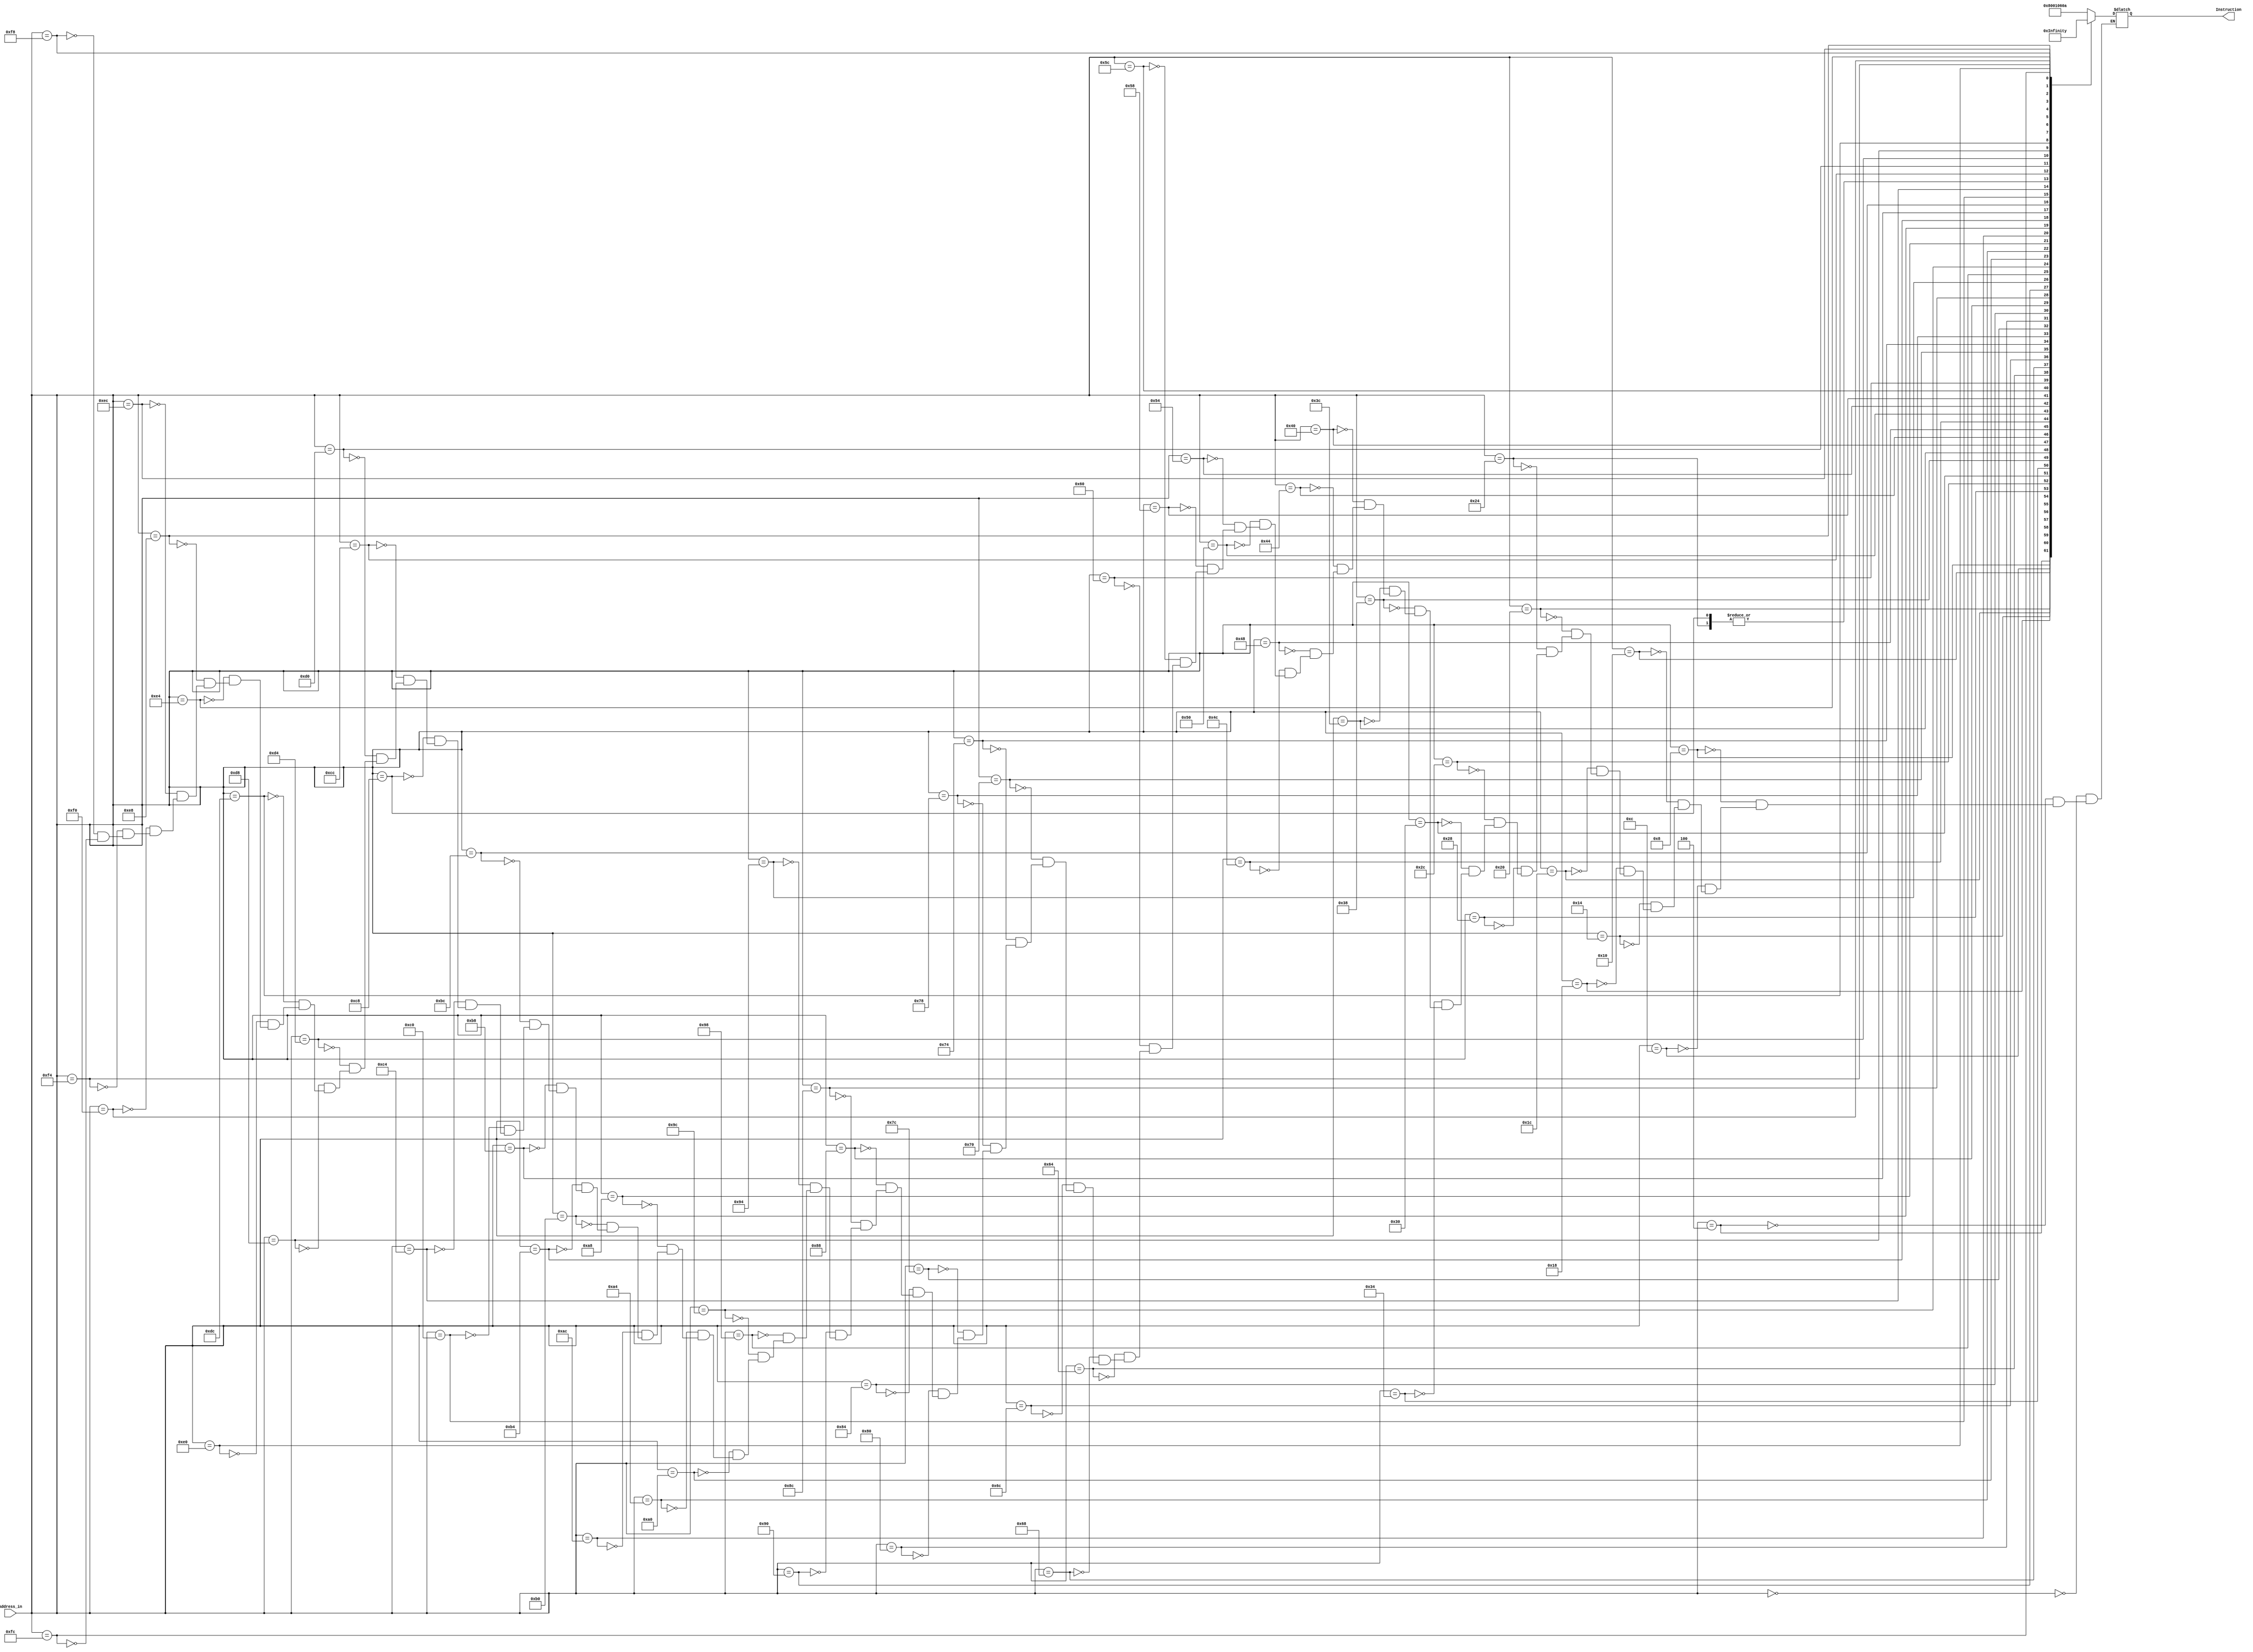
module ROM
	(
		input [31:0] Address_in,
		output reg [31:0] Instruction
	);

	always@(*)
	begin 
		case (Address_in)
			0: Instruction = 32'b10000000000000010000011000001010;//-- Addi r1 ,r0 ,1546
			4: Instruction = 32'b00000100000000010001000000000000;//-- Add  r2 ,r0 ,r1
			8: Instruction = 32'b00001100000000010001100000000000;//-- sub r3 ,r0 ,r1
			12: Instruction = 32'b00010100010000110010000000000000;//-- And r4 ,r2 ,r3
			16: Instruction = 32'b10000100011001010001101000110100;//-- Subi r5 ,r3 ,6708
			20: Instruction = 32'b00011000011001000010100000000000;//-- or r5 ,r3 ,r4
			24: Instruction = 32'b00011100101000000011000000000000;//-- nor  r6 ,r5 ,r0
			28: Instruction = 32'b00011100100000000101100000000000;//-- nor  r11 ,r4 ,r0
			32: Instruction = 32'b00001100101001010010100000000000;//-- sub r5 ,r5 ,r5
			36: Instruction = 32'b10000000000000010000010000000000;//-- Addi  r1 ,r0 ,1024
			40: Instruction = 32'b10010100001000100000000000000000;//-- st r2 ,r1 ,0
			44: Instruction = 32'b10010000001001010000000000000000;//-- ld r5 ,r1 ,0
			48: Instruction = 32'b10100000101000000000000000000001;//-- Bez r5 ,1
			52: Instruction = 32'b00100000101000010011100000000000;//-- xor r7 ,r5 ,r1
			56: Instruction = 32'b00100000101000010000000000000000;//-- xor r0 ,r5 ,r1
			60: Instruction = 32'b00100100011010110011100000000000;//-- sla r7 ,r3 ,r11
			64: Instruction = 32'b00101000011010110100000000000000;//-- sll r8 ,r3 ,r11
			68: Instruction = 32'b00101100011001000100100000000000;//-- sra r9 ,r3 ,r4
			72: Instruction = 32'b00110000011001000101000000000000;//-- srl r10 ,r3 ,r4
			76: Instruction = 32'b10010100001000110000000000000100;//-- st r3 ,r1 ,4
			80: Instruction = 32'b10010100001001000000000000001000;//-- st r4 ,r1 ,8
			84: Instruction = 32'b10010100001001010000000000001100;//-- st r5 ,r1 ,12
			88: Instruction = 32'b10010100001001100000000000010000;//-- st r6 ,r1 ,16
			92: Instruction = 32'b10010000001010110000000000000100;//-- ld r11 ,r1 ,4
			96: Instruction = 32'b10010100001001110000000000010100;//-- st r7 ,r1 ,20
			100: Instruction = 32'b10010100001010000000000000011000;//-- st r8 ,r1 ,24
			104: Instruction = 32'b10010100001010010000000000011100;//-- st r9 ,r1 ,28
			108: Instruction = 32'b10010100001010100000000000100000;//-- st r10 ,r1 ,32
			112: Instruction = 32'b10010100001010110000000000100100;//-- st r11 ,r1 ,36
			116: Instruction = 32'b10000000000000010000000000000011;//-- Addi  r1 ,r0 ,3
			120: Instruction = 32'b10000000000001000000010000000000;//-- Addi r4 ,r0 ,1024
			124: Instruction = 32'b10000000000000100000000000000000;//-- Addi  r2 ,r0 ,0
			128: Instruction = 32'b10000000000000110000000000000001;//-- Addi  r3 ,r0 ,1
			132: Instruction = 32'b10000000000010010000000000000010;//-- Addi  r9 ,r0 ,2
			136: Instruction = 32'b00101000011010010100000000000000;//-- sll r8 ,r3 ,r9
			140: Instruction = 32'b00000100100010000100000000000000;//-- Add  r8 ,r4 ,r8
			144: Instruction = 32'b10010001000001010000000000000000;//-- ld r5 ,r8 ,0
			148: Instruction = 32'b10010001000001101111111111111100;//-- ld r6 ,r8 ,-4
			152: Instruction = 32'b00001100101001100100100000000000;//-- sub  r9 ,r5 ,r6
			156: Instruction = 32'b10000000000010101000000000000000;//-- Addi  r10 ,r0 ,0x8000
			160: Instruction = 32'b10000000000010110000000000010000;//-- Addi r11 ,r0 ,16
			164: Instruction = 32'b00101001010010110101000000000000;//-- sll r10 ,r1 ,r11
			168: Instruction = 32'b00010101001010100100100000000000;//-- And  r9 ,r9 ,r10
			172: Instruction = 32'b10100001001000000000000000000010;//-- Bez r9 ,2
			176: Instruction = 32'b10010101000001011111111111111100;//-- st r5 ,r8 ,-4
			180: Instruction = 32'b10010101000001100000000000000000;//-- st r6 ,r8 ,0
			184: Instruction = 32'b10000000011000110000000000000001;//-- Addi  r3 ,r3 ,1
			188: Instruction = 32'b10100100001000111111111111110001;//-- BNE r1 ,r3 ,-15
			192: Instruction = 32'b10000000010000100000000000000001;//-- Addi  r2 ,r2 ,1
			196: Instruction = 32'b10100100001000101111111111101110;//-- BNE r1 ,r2 ,-18
			200: Instruction = 32'b10000000000000010000010000000000;//-- Addi  r1 ,r0 ,1024
			204: Instruction = 32'b10010000001000100000000000000000;//-- ld ,r2 ,r1 ,0
			208: Instruction = 32'b10010000001000110000000000000100;//-- ld ,r3 ,r1 ,4
			212: Instruction = 32'b10010000001001000000000000001000;//-- ld ,r4 ,r1 ,8
			216: Instruction = 32'b10010000001001000000001000001000;//-- ld ,r4 ,r1 ,520
			220: Instruction = 32'b10010000001001000000001111111111;//-- ld ,r4 ,r1 ,1023
			224: Instruction = 32'b10010000001001010000000000001100;//-- ld ,r5 ,r1 ,12
			228: Instruction = 32'b10010000001001100000000000010000;//-- ld ,r6 ,r1 ,16
			232: Instruction = 32'b10010000001001110000000000010100;//-- ld ,r7 ,r1 ,20
			236: Instruction = 32'b10010000001010000000000000011000;//-- ld ,r8 ,r1 ,24
			240: Instruction = 32'b10010000001010010000000000011100;//-- ld ,r9 ,r1 ,28
			244: Instruction = 32'b10010000001010100000000000100000;//-- ld ,r10,r1 ,32
			248: Instruction = 32'b10010000001010110000000000100100;//-- ld ,r11,r1 ,36
			252: Instruction = 32'b10101000000000001111111111111111;//-- JMP  -1
		endcase
	end

endmodule // ROM